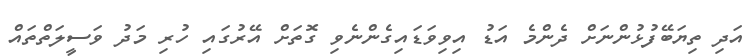
އަދި ތިޔަބޭފުޅުންނަށް ދެންމެ އަޑު އިވިވަޑައިގެންނެވި ގޮތަށް އޭރުގައި ހުރި މަދު ވަސީލަތްތައް